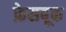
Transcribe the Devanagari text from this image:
फ़ेसबूक